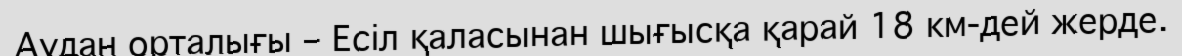
Аудан орталығы – Есіл қаласынан шығысқа қарай 18 км-дей жерде.